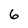
Character: 6